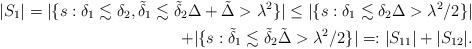
LaTeX: \begin{align*} |S_1|=|\{ s: \delta_1 \lesssim \delta_2, \tilde{\delta}_1 \lesssim \tilde{\delta}_2 \Delta + \tilde{\Delta} > \lambda^2 \} | \leq |\{ s: \delta_1 \lesssim \delta_2 \Delta > \lambda^2/2 \} | \\+ |\{ s: \tilde{\delta}_1 \lesssim \tilde{\delta}_2 \tilde{\Delta} > \lambda^2 /2 \} | =: |S_{11}| + |S_{12}|.\end{align*}